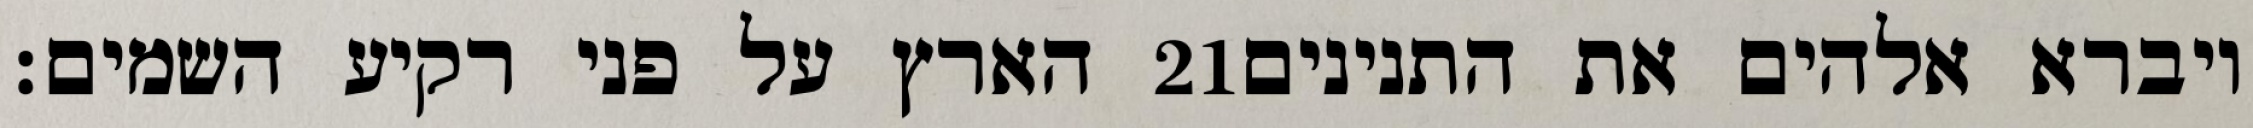
הארץ על פני רקיע השמים׃ ‎21‏ ויברא אלהים את התנינים